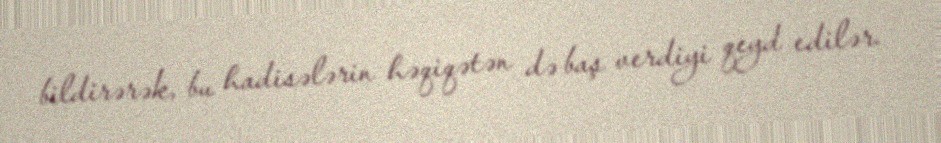
bildirərək, bu hadisələrin həqiqətən də baş verdiyi qeyd edilər.